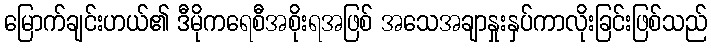
မြောက်ချင်းဟယ်၏ ဒီမိုကရေစီအစိုးရအဖြစ် အသေအချာနှုးနှပ်ကာလိုးခြင်းဖြစ်သည်